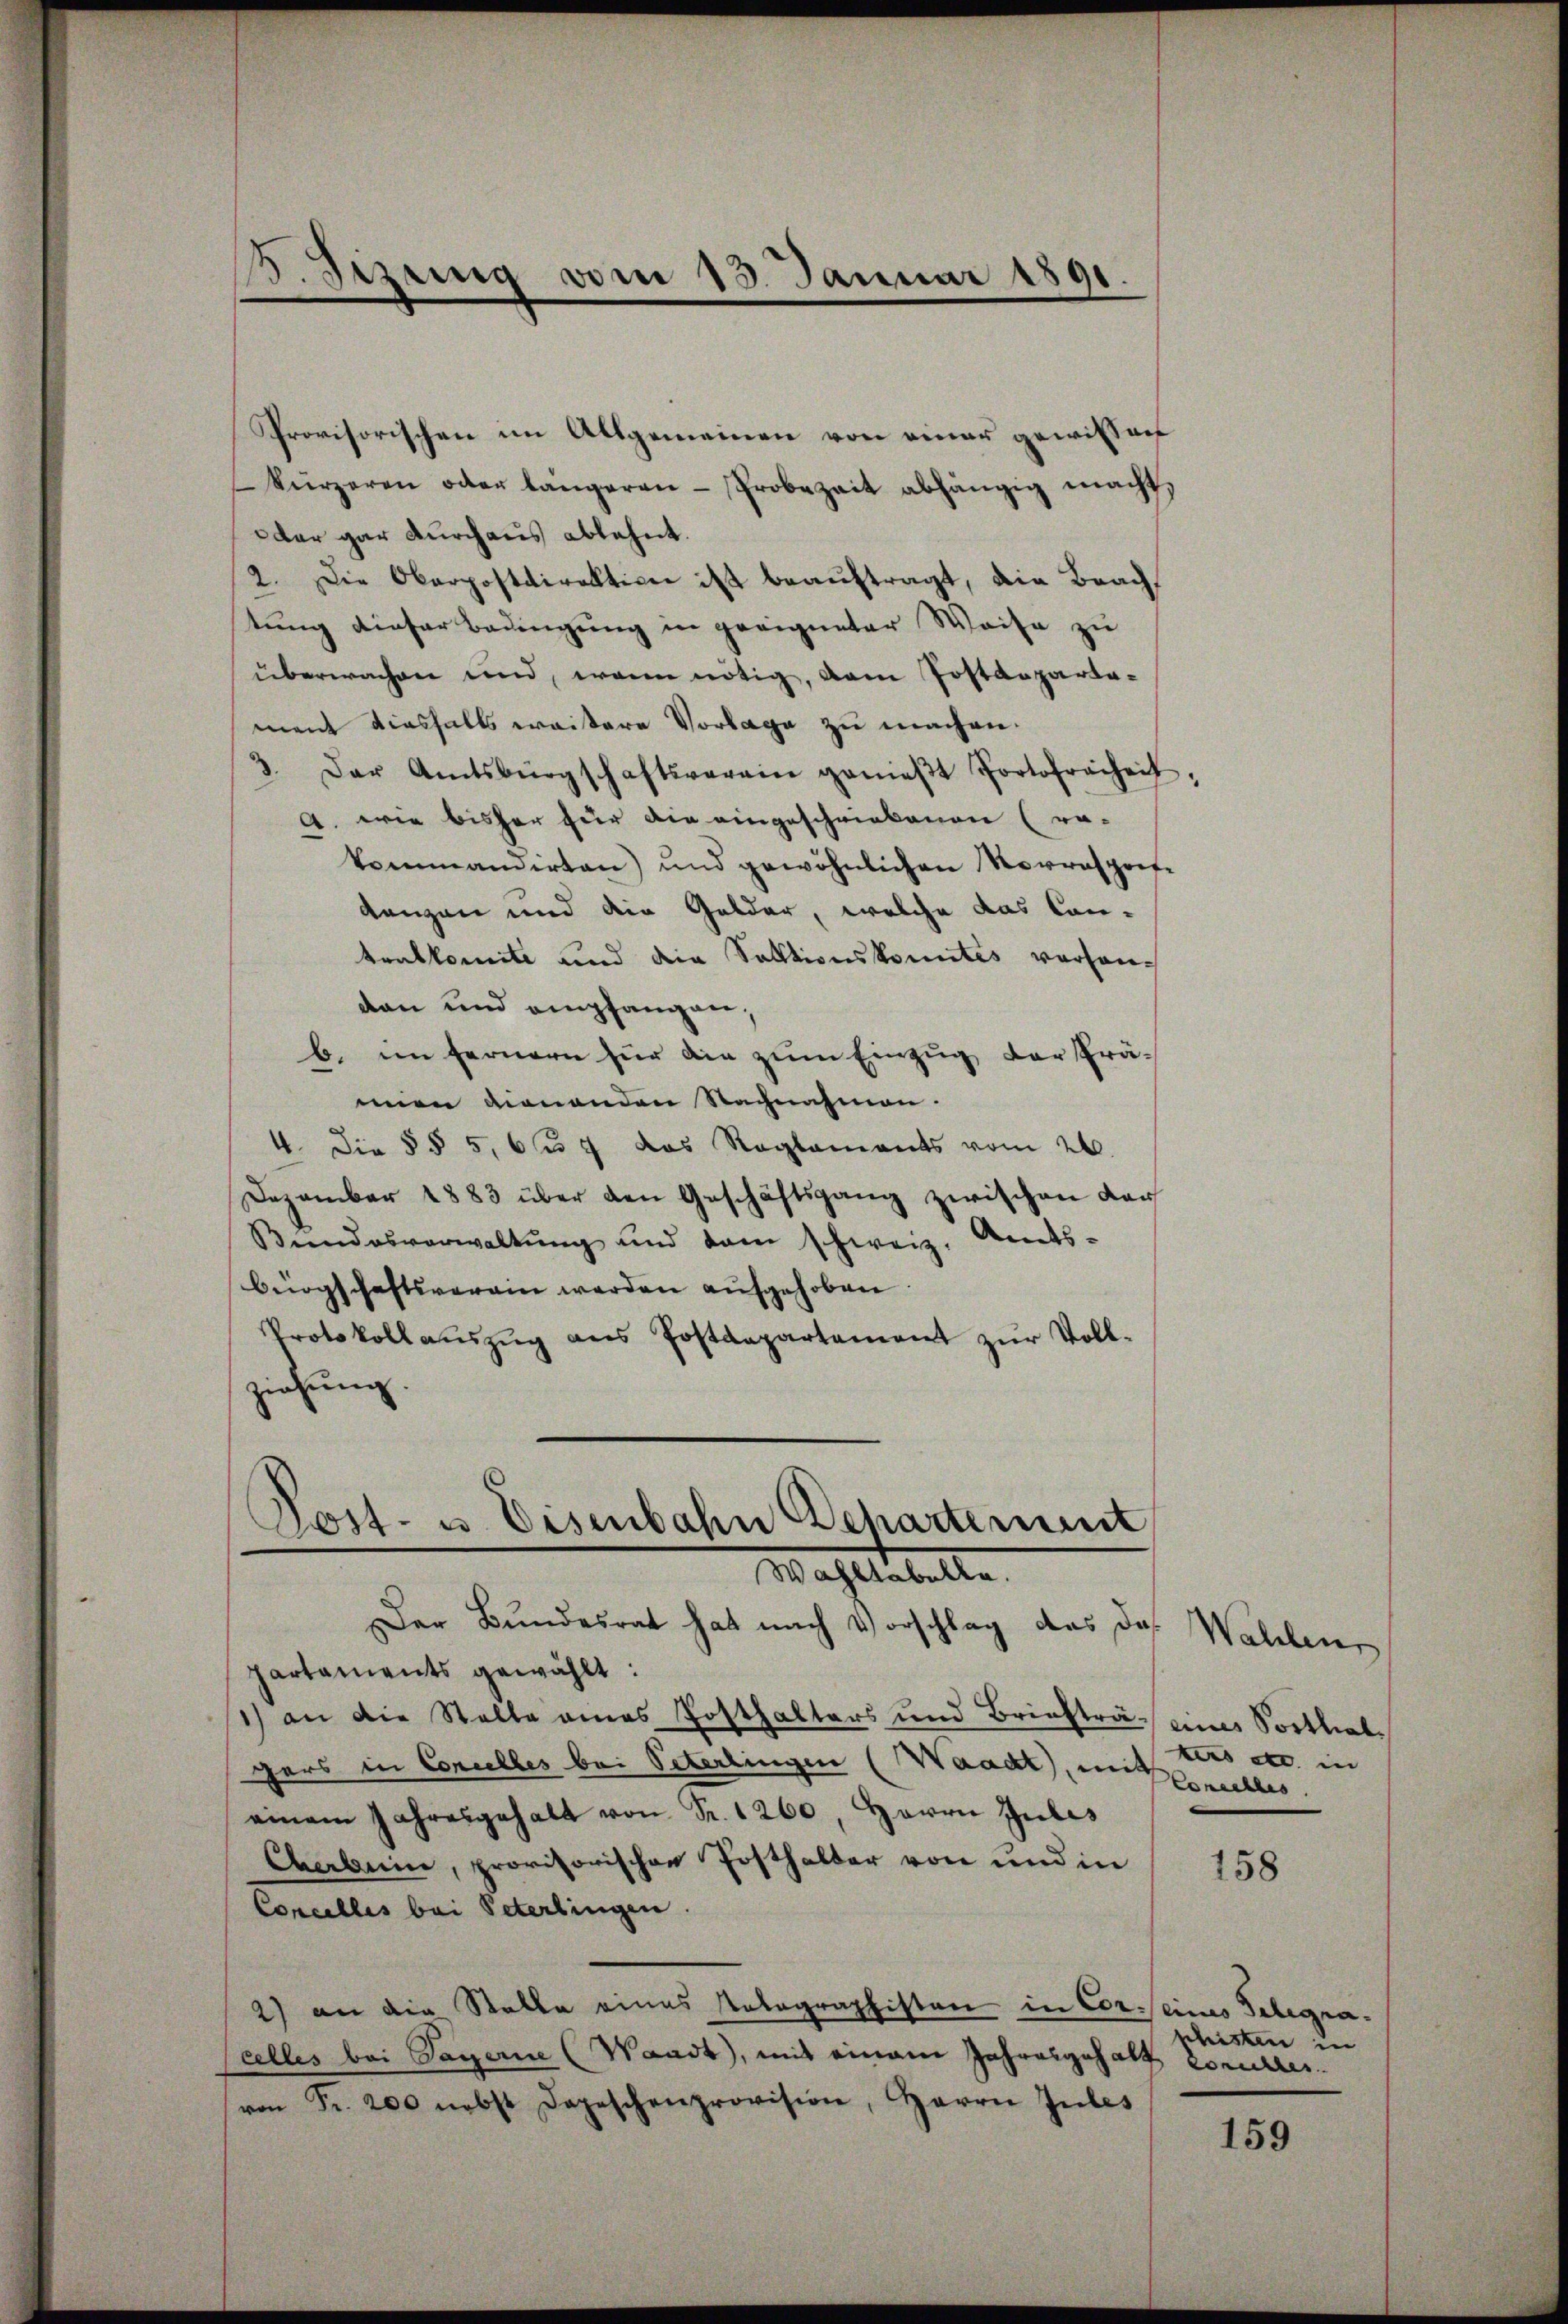
B. Sizung vom 13. Januar 1891.

Provisorischen im Allgemeinen von einer gewissen
kürzeren oder längeren Probezeit abhängig macht,
oder gar durchaus ablehnt.
2. Die Oberpostdirektion ist beauftragt, die Brachtung dieser Bedingung in geeigneter Weise zu
überwachen und wenn nötig, dem Postdepartement diesfalls weitere Vorlage zu machen.
3. Der Amtsbürgschaftsverain genieβt Portofreiheit
A. wie bisher für die eingeschriebenen (ra-
kommandirten) und gewöhnlichen Vorrespeit-
danzen und die Gelder, welche das Con-
tralkomite und die Sektionskonntes vorhandan und empfangen,
b. im fernern für die zum Einzug der Prämien dienenden Nachnahmen.
4. Die § § 5, 67 das Reglements vom 26.
Dezember 1883 über den Geschäftsgang zwischen Kar
Bŭndesverwaltŭng und dem schweiz. Amts-
bürgschaftsverain werden aufgehoben.
Protokoll aŭszŭg ans Postdepartement zur Vollziehung.

Post- u. Eisenbahn Departement
Wahltabelle.

Der Bundesrat hat nach Vorschlag das das
partaments gewählt:
1) an die Stelle eines Posthalters und Brieftrag eines Sortlialgers in Concelles bei Peterlingen (Waadt, in des
einem Jahresgehalt von Fr. 1260, Herrn Julis
Chabui, provisorischen Posthalter von und in
Concellis bei Peterlingen.
2) an die Statte eines Patographisten in Cor seines Telegracelles bei Tagerne (Waadt, mit einem Jahresgehalt worunter
von Fr. 200 nebst Depeschenprovision, Herrn Jules

Wahlen,
tus etc. in

158

shisten in

159